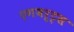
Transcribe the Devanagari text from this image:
एगबर्ट्स